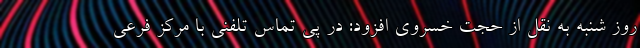
روز شنبه به نقل از حجت خسروی افزود: در پی تماس تلفنی با مرکز فرعی